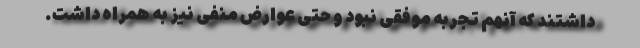
داشتند که آنهم تجربه موفقی نبود و حتی عوارض منفی نیز به همراه داشت.